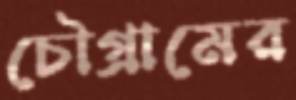
চৌগ্রামের